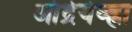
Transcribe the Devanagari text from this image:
आंद्रेयेव्ह्ना